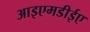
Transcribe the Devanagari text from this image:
आइएमडीईए